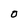
Character: O